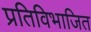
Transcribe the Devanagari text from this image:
प्रतिविभाजित